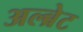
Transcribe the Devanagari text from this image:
अल्ब्रेट